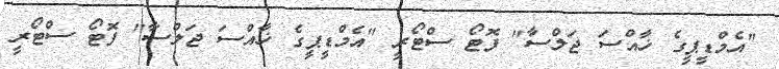
"އެމްޑީޕީގެ ޚާއްސަ ޖަލްސާ" ފޮޓޯ ސްޓޯރީ "އެމްޑީޕީގެ ޚާއްސަ ޖަލްސާ" ފޮޓޯ ސްޓޯރީ